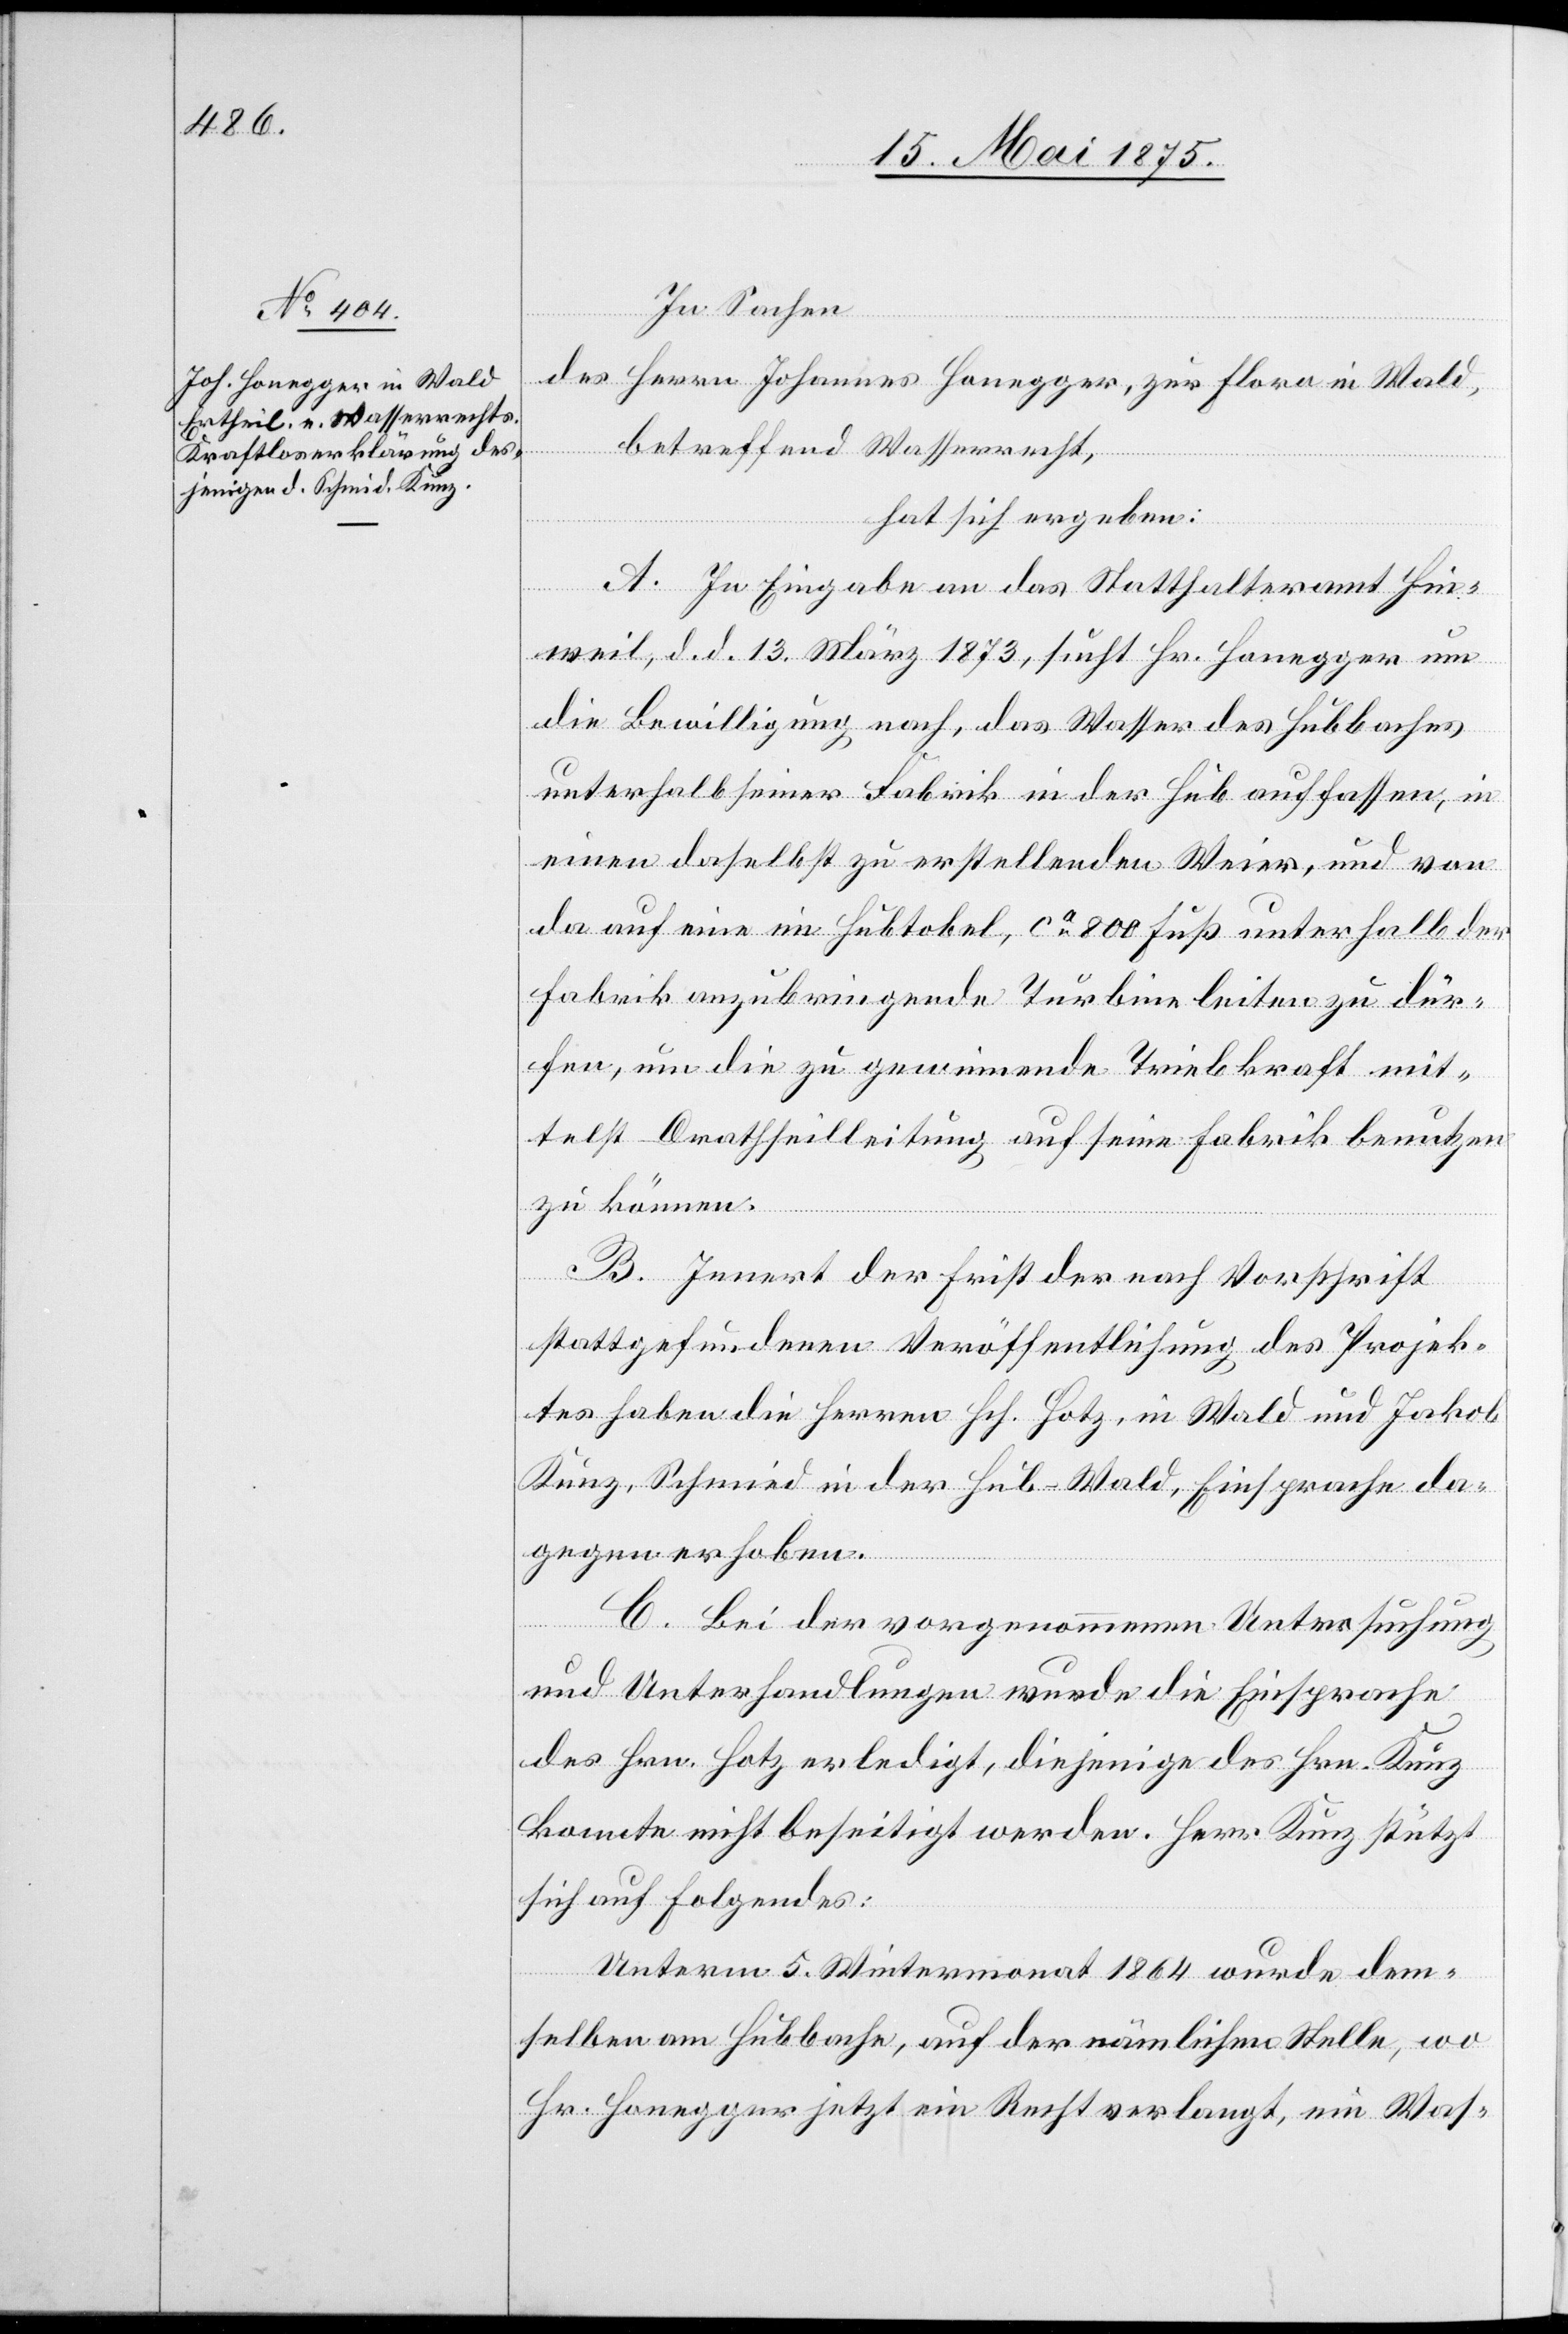
In Sahen
des Herrn Johannes Honegger, zur Flora in Wald,
betreffend Wasserrecht,
hat sich ergeben:
A. In Eingabe an das Statthalteramt Hin¬
weil, d. d. 13. März 1873, sucht Hr. Honegger um
die Bewilligung nach, das Wasser des Hubbaches
unterhalb seiner Fabrik in der Hub auffassen, in
einen daselbst zu erstellenden Weier, und von
da auf eine im Hubtobel, ca 800 Fuß unterhalb der
Fabrik anzubringende Turbine leiten zu dür¬
fen, um die zu gewinnende Triebkraft mit¬
telst Drathseilleitung auf seine Fabrik benutzen
zu können.
B. Innert der Frist der nach Vorschrift
stattgefundenen Veröffentlichung des Projek¬
tes haben die Herren Hch. Hotz, in Wald und Jakob
Kunz, Schmied in der Hub - Wald, Einsprache da¬
gegen erhoben.
C. Bei der vorgenommenen Untersuchung
und Unterhandlung wurde die Einsprache
des Hrn. Hotz erledigt, diejenige des Hrn. Kunz
konnte nicht befriedigt werden. Herr Kunz stützt
sich auf Folgendes:
Unterm 5.Wintermoant 1864 wurde dem¬
selben am Hubbache, auf der nämlichen Stelle, wo
Hr. Honegger jetzt ein Recht verlangt, ein Was-